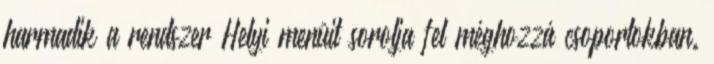
harmadik a rendszer Helyi menüit sorolja fel méghozzá csoportokban.